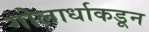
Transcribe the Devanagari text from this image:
गोलार्धाकडून